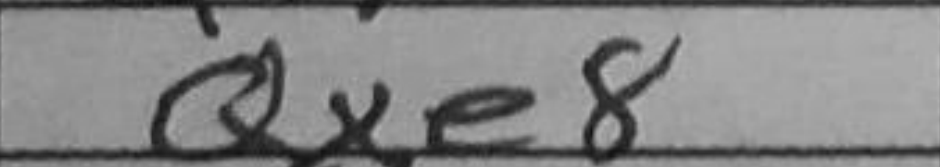
Transcription: Qxe8